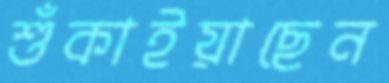
শুঁকাইয়াছেন